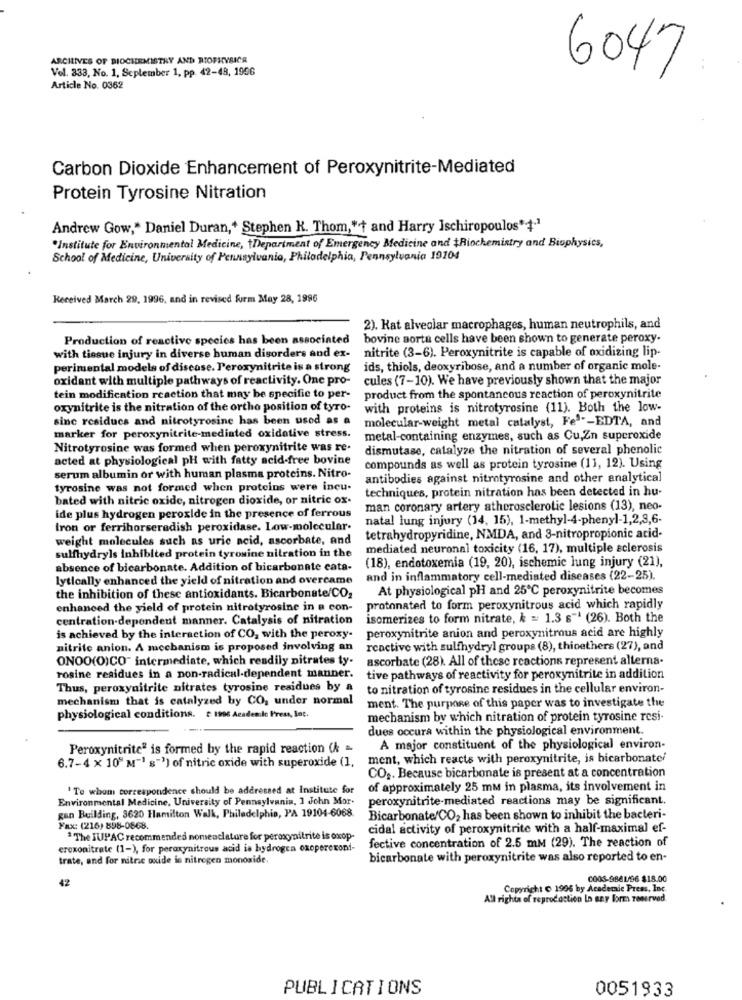
ARCHIVES OF BIOCHEMISTRY AND RIOPHYSICR
Vol. 333, No. 1. September 1, pp. 42-48, 1906
6047
Article No. 0362
Carbon Dioxide Enhancement of Peroxynitrite-Mediated
Protein Tyrosine Nitration
Andrew Gow," Daniel Duran,+ Stephen K. Thom,"+ and Harry Ischiropoulos"1"
"Institute for Environmental Medicine, tDepartment of Emergency Medicine and $Riochemistry and Biophysics,
School of Medicine, University of Pennsylvania, Philadelphia, Pennsylvania 19104
Received March 29, 1996, and in revised furm May 28, 1996
2). Kat alveolar macrophages, human neutrophils, and
Production of reactive species has been associated
bovine aorta cells have been shown to generate peroxy.
with tissue injury in diverse human disorders and ex-
nitrite (3-6). Peroxynitrite is capable of oxidizing lip-
perimental models of disease. Peroxynitrite is a strong
ids, thiols, deoxyribose, and a number of organic mole-
oxidant with multiple pathways of reactivity. One pro-
cules (7-10). We have previously shown that the major
tein modification reaction that may be specific to per-
product from the spontancous reaction of peroxynitrite
oxynitrite is the nitration of the ortho position of tyro-
with proteins is nitrotyrosine (11). Both the low-
sinc residucs and nitrotyrosine has been used as a
molecular-weight metal catalyst, Fes-EDTA, and
marker for peroxynitrite-mediated oxidative stress.
metal-containing enzymes, such as Cu,Zn superoxide
Nitrotyrosine was formed when peroxynitrite was re-
dismutase, catalyze the nitration of several phenolic
acted at physiological pH with fatty acid-free bovine
compounds as well as protein tyrosine (11, 12). Using
serum albumin or with human plasma proteins. Nitro-
antibodies against nitrotyrosine and other analytical
tyrosine was not formed when proteins were incu-
techniques, protein nitration has been detected in hu-
bated with nitric oxide, nitrogen dioxide, or nitric ox-
man coronary artery atherosclerotic lesions (13), neo-
ide plus hydrogen peroxide in the presence of ferrous
natal lung injury (14, 15), 1-methyl-4-phenyl-1,2,3,6-
tron or ferrihorseradish peroxidase. Low-molecular.
weight molecules such as uric acid, ascorbate, and
tetrahydropyridine, NMDA, and 3-nitropropionic acid-
mediated neuronal toxicity (16, 17), multiple sclerosis
sulfhydryls inhibited protein tyrosine nitration in the
(18), endotoxemia (19, 20), ischemic lung injury (21),
absence of bicarbonate. Addition of bicarbonate cata-
lytically enhanced the yield of nitration and overcame
and in inflammatory cell-mediated diseases (22-25).
At physiological pH and 25℃ peroxynitrite becomes
the inhibition of these antioxidants. Bicarbonate/CO,
enhanced the yield of protein nitrotyrosine in a con-
protonated to form peroxynitrous acid which rapidly
centration-dependent manner. Catalysis of nitration
isomerizes to form nitrate, k = 1.3 s" (26). Both the
is achieved by the interaction of CO, with the peroxy-
peroxynitrite anion and peroxynitrous acid are highly
nitrite anion. A mechanism is proposed involving an
reactive with sulfhydryl groups (8), thioethers (27), and
ONOO(O)CO" intermediate, which readily nitrates ty-
ascorbate (28). All of these reactions represent alterna.
rosine residues in a non-radical-dependent manner.
tive pathways of reactivity for peroxynitrite in addition
Thus, peroxynitrite nitrates tyrosine residues by a
to nitration of tyrosine residues in the cellular environ-
mechanism that is catalyzed by CO, under normal
ment. The purpose of this paper was to investigate the
physiological conditions. £ 1996 Academie Press, loc.
mechanism by which nitration of protein tyrosine resi-
dues occura within the physiological environment.
Peroxynitrite" is formed by the rapid reaction (k =
A major constituent of the physiological environ-
6.7-4 x 10" M"' s"') of nitric oxide with superoxide (1,
ment, which reacts with peroxynitrite, is bicarbonate/
CO2. Because bicarbonate is present at a concentration
' To whom correspondence should be addressed at Institute for
of approximately 25 mm in plasma, its involvement in
Environmental Medicine, University of Pennsylvania, 1 John Mor-
peroxynitrite-mediated reactions may be significant.
gan Building, 3620 Hamilton Walk, Philadelphia, PA 19104-6068.
Bicarbonate/CO2 has been shown to inhibit the bacteri-
Fax: (216) 898-0868.
cidal activity of peroxynitrite with a half-maximal ef-
"The IUPAC recommended nomenclature for peroxynitrite is oxop-
fective concentration of 2.5 mm (29). The reaction of
eroxonitrate (1-), for peroxynitrous acid is hydrogen oxopereroni-
trate, and for nitric oxide is nitrogen monoxide.
bicarbonate with peroxynitrite was also reported to en-
42
000S-9881/96 $18.00
Copyright ( 1996 by Academic Press, Inc.
All rights of reproduction Lo any form reserved.
PUBLICATIONS
0051933